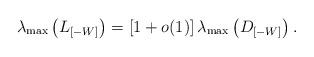
LaTeX: \begin{align*} \lambda_{\max}\left( L_{\left[-W\right]} \right) = \left[1+o(1)\right] \lambda_{\max}\left( D_{[-W]} \right).\end{align*}